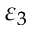
\varepsilon _ { 3 }